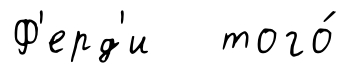
Ф'ерд'и того́